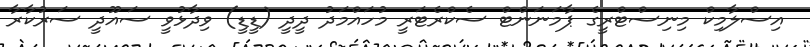
އިސްލާމިކް މިނިސްޓްރީގެ ޕާމަނަންޓް ސެކްރެޓަރީ މުހައްމަދު ދީދީ (ޑީޑީ) ވިދާޅުވީ ސައޫދީ ސަރުކާރާ